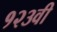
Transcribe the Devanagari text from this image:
१२३वी